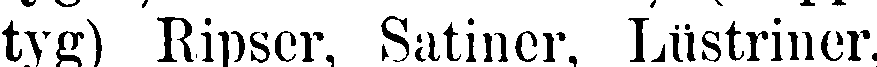
tyg) Ripser, Satiner, Lüstriner,